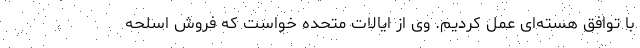
با توافق هسته‌ای عمل کردیم. وی از ایالات متحده خواست که فروش اسلحه